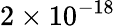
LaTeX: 2\times 10^{-18}